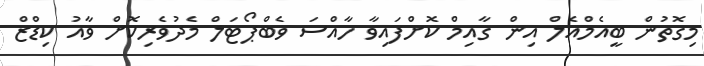
މިގޮތުން ބީއެމްއެލް އިން ގާއިމް ކޮށްފައިވާ ހާއްސަ ވެބްޕޯޓަލް މެދުވެރިކޮށް ވާއު ކިޑްޒް